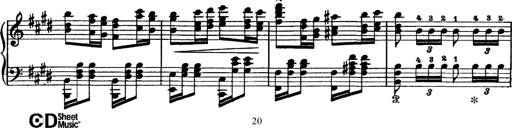
Title: Tarantelle di bravura dâ€™aprÃ¨s la tarantelle de La muette de Portici
Composer: Franz Liszt